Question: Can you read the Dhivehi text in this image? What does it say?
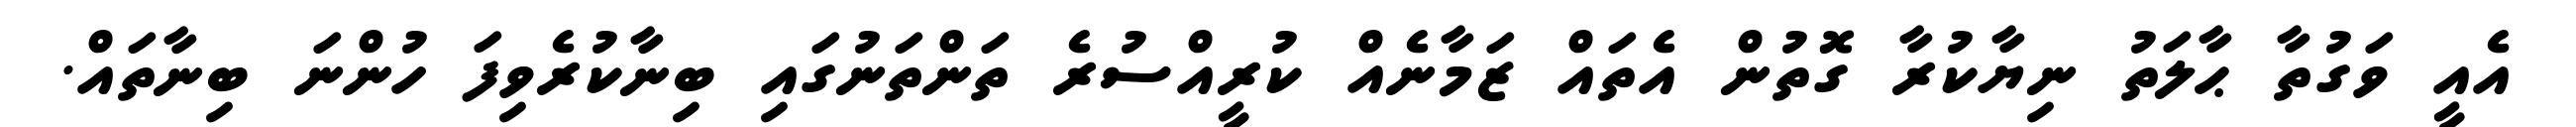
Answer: އެއީ ވަގުތާ ޙާލަތު ނިޔާކުރާ ގޮތުން އެތައް ޒަމާނެއް ކުރީއްސުރެ ތަންތަނުގައި ބިނާކުރެވިފަ ހުންނަ ބިނާތައް.